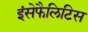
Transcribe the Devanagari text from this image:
इंसेफैलिटिस